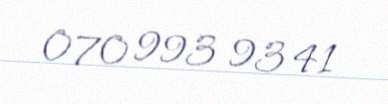
070 993 93 41